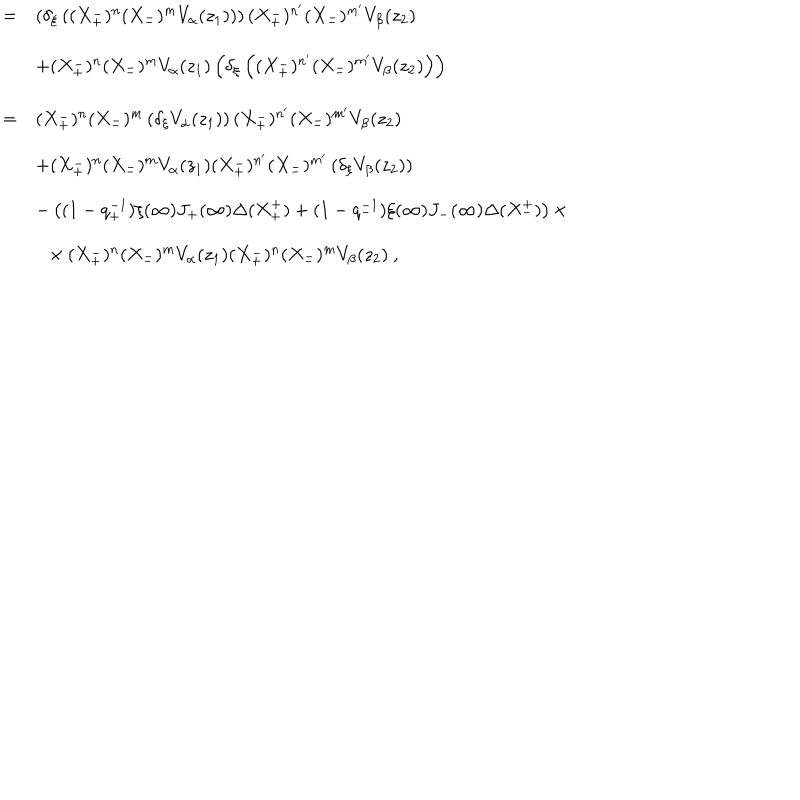
\begin{array} { r c l } { { } } & { { = } } & { { \left( \delta _ { \xi } \left( ( X _ { + } ^ { - } ) ^ { n } ( X _ { - } ^ { - } ) ^ { m } V _ { \alpha } ( z _ { 1 } ) \right) \right) ( X _ { + } ^ { - } ) ^ { n ^ { \prime } } ( X _ { - } ^ { - } ) ^ { m ^ { \prime } } V _ { \beta } ( z _ { 2 } ) } } \\ { { } } & { { } } & { { + ( X _ { + } ^ { - } ) ^ { n } ( X _ { - } ^ { - } ) ^ { m } V _ { \alpha } ( z _ { 1 } ) \left( \delta _ { \xi } \left( ( X _ { + } ^ { - } ) ^ { n ^ { \prime } } ( X _ { - } ^ { - } ) ^ { m ^ { \prime } } V _ { \beta } ( z _ { 2 } ) \right) \right) } } \\ { { } } & { { = } } & { { ( X _ { + } ^ { - } ) ^ { n } ( X _ { - } ^ { - } ) ^ { m } \left( \delta _ { \xi } V _ { \alpha } ( z _ { 1 } ) \right) ( X _ { + } ^ { - } ) ^ { n ^ { \prime } } ( X _ { - } ^ { - } ) ^ { m ^ { \prime } } V _ { \beta } ( z _ { 2 } ) } } \\ { { } } & { { } } & { { + ( X _ { + } ^ { - } ) ^ { n } ( X _ { - } ^ { - } ) ^ { m } V _ { \alpha } ( z _ { 1 } ) ( X _ { + } ^ { - } ) ^ { n ^ { \prime } } ( X _ { - } ^ { - } ) ^ { m ^ { \prime } } \left( \delta _ { \xi } V _ { \beta } ( z _ { 2 } ) \right) } } \\ { { } } & { { } } & { { - \left( ( 1 - q _ { + } ^ { - 1 } ) \xi ( \infty ) J _ { + } ( \infty ) \Delta ( X _ { + } ^ { + } ) + ( 1 - q _ { - } ^ { - 1 } ) \xi ( \infty ) J _ { - } ( \infty ) \Delta ( X _ { - } ^ { + } ) \right) \times } } \\ { { } } & { { } } & { { ~ ~ \times ( X _ { + } ^ { - } ) ^ { n } ( X _ { - } ^ { - } ) ^ { m } V _ { \alpha } ( z _ { 1 } ) ( X _ { + } ^ { - } ) ^ { n } ( X _ { - } ^ { - } ) ^ { m } V _ { \beta } ( z _ { 2 } ) ~ , } } \\ \end{array}